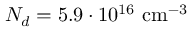
N _ { d } = 5 . 9 \cdot 1 0 ^ { 1 6 } \ensuremath { ~ \mathrm { c m } ^ { - 3 } }